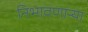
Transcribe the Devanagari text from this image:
निभावणाऱ्या